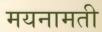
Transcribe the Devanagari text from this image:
मयनामती